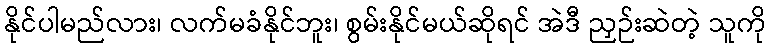
နိုင်ပါမည်လား၊ လက်မခံနိုင်ဘူး၊ စွမ်းနိုင်မယ်ဆိုရင် အဲဒီ ညှဉ်းဆဲတဲ့ သူကို